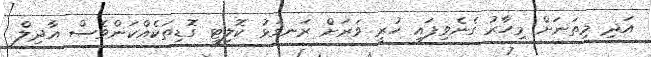
އަދި މިތަނަށް މިހާރު ގެނެވިފައި ހުރީ ވަރަށް ރަނގަޅު ކޮލިޓީ ގޮޑިތަކެއްކަންވެސް އާދިލް